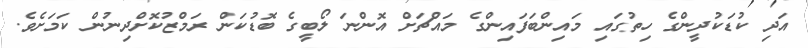
އަދި ކުޑަކުދީންގެ ހިތުގައި މައިންބަފައިންގެ މައްޗަށް އޮންނަ ލޯބީގެ ބޮޑުކަން ރަމްޒުކޮށްދިނުން ކަމަށެވެ.